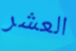
العشر